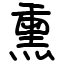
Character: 熏